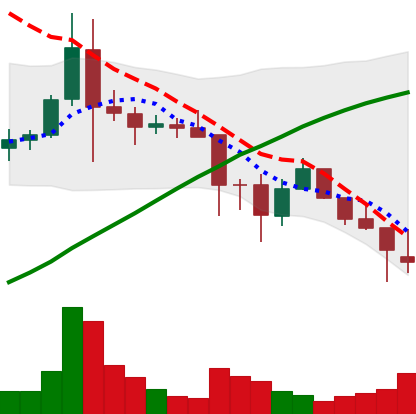
Ticker: ADA-USD
Chart end date: 2021-11-25
Forward return: -5.84%
Label: down_5_7